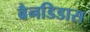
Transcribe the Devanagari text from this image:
बैनडिडास